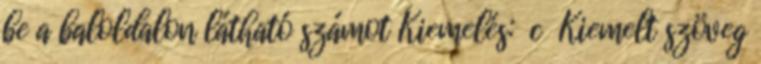
be a baloldalon látható számot Kiemelés: c Kiemelt szöveg